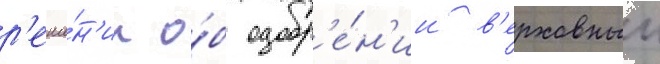
р'еше́н'ии о́б одобр'е́н'ии в'ерховныи